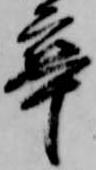
卒